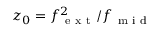
z _ { 0 } = f _ { \mathrm { ~ e ~ x ~ t ~ } } ^ { 2 } / f _ { \mathrm { ~ m ~ i ~ d ~ } }